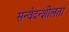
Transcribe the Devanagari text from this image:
सन्वेदन्शीलता